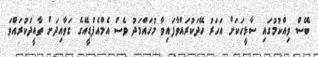
ބޭސް ވިއްކުމުގައި ސާޅީހަކަށް އަހަރު ހޭދަކުރައްވާފައިވާ މުހައްމަދު ވެސް އެމްއެފްޑީއޭގެ ގަވާއިދަށް ތާއީދުކުރައްވަ